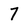
Character: 7